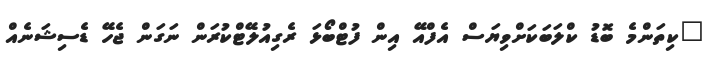
"ކިތަންމެ ބޮޑު ކްލަބަކަށްވިޔަސް އެފްއޭ އިން ފުޓްބޯޅަ ރެގިއުލޭޓްކުރަން ނަގަން ޖެހޭ ޑެސިޝަނެއް